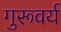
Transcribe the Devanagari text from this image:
गुरूवर्य